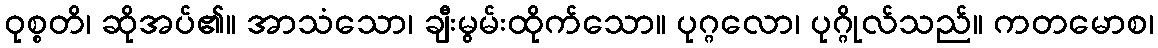
ဝုစ္စတိ၊ ဆိုအပ်၏။ အာသံသော၊ ချီးမွမ်းထိုက်သော။ ပုဂ္ဂလော၊ ပုဂ္ဂိုလ်သည်။ ကတမောစ၊